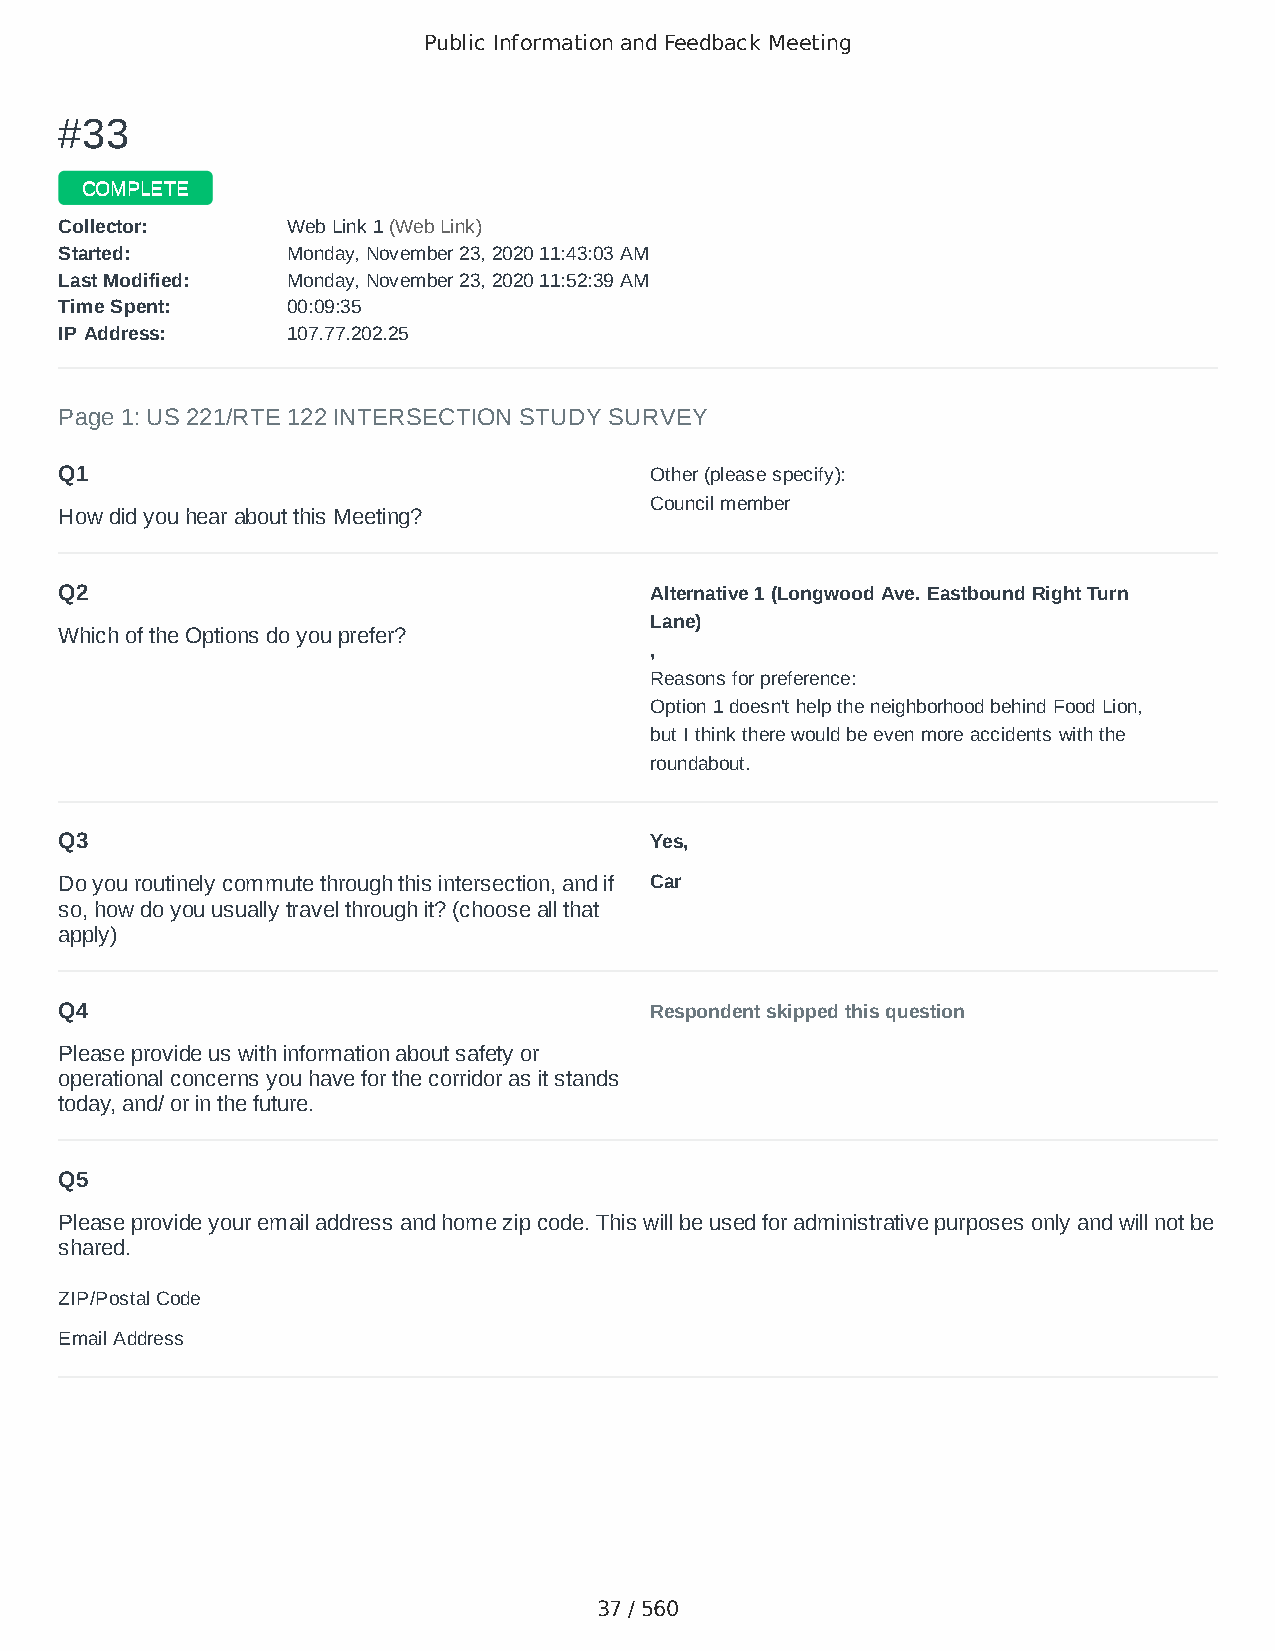
Public Information and Feedback Meeting
 ##3333
 CCOOMMPPLLEETTEE
 CCoolllleeccttoorr:: WWeebb LLiinnkk 11 ((WWeebb LLiinnkk))
 SSttaarrtteedd:: MMoonnddaayy,, NNoovveemmbbeerr 2233,, 22002200 1111::4433::0033 AAMM
 LLaasstt MMooddiiffiieedd:: MMoonnddaayy,, NNoovveemmbbeerr 2233,, 22002200 1111::5522::3399 AAMM
 TTiimmee SSppeenntt:: 0000::0099::3355
 IIPP AAddddrreessss:: 110077..7777..220022..2255
 Page 1: US 221/RTE 122 INTERSECTION STUDY SURVEY
 Q1                                     Other (please specify):
 Council member
 How did you hear about this Meeting?
 Q2                                     Alternative 1 (Longwood Ave. Eastbound Right Turn
 Lane)
 Which of the Options do you prefer?
 ,
 Reasons for preference:
 Option 1 doesn't help the neighborhood behind Food Lion,
 but I think there would be even more accidents with the
 roundabout.
 Q3                                     Yes,
 Do you routinely commute through this intersection, and if Car
 so, how do you usually travel through it? (choose all that
 apply)
 Q4                                     Respondent skipped this question
 Please provide us with information about safety or
 operational concerns you have for the corridor as it stands
 today, and/ or in the future.
 Q5
 Please provide your email address and home zip code. This will be used for administrative purposes only and will not be
 shared.
 ZIP/Postal Code                        24523
 Email Address                          cgsgws@aol.com
 37 / 560